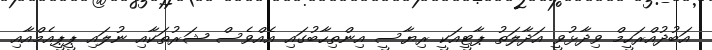
އަބުދުއްރަހީމް ވިދާޅުވީ އަދާލަތު ޕާޓީއަކީ ރިޔާސީ އިންތިހާބުގައި އެއްވެސް ޝަރުތަކާއި ނުލައި ޕީޕީއެމްއާއި